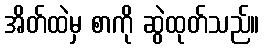
အိတ်ထဲမှ စာကို ဆွဲထုတ်သည်။